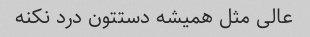
عالی مثل همیشه دستتون درد نکنه